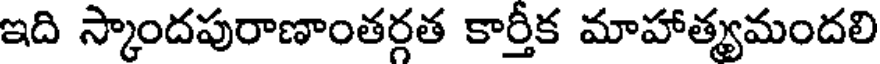
ఇది స్కాందపురాణాంతర్గత కార్తీక మాహాత్యమందలి